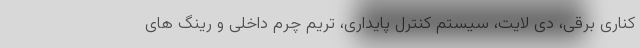
کناری برقی، دی لایت، سیستم کنترل پایداری، تریم چرم داخلی و رینگ های